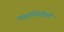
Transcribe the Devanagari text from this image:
वस्तुस्थितीकडे